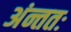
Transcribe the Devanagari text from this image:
अंन्ततः